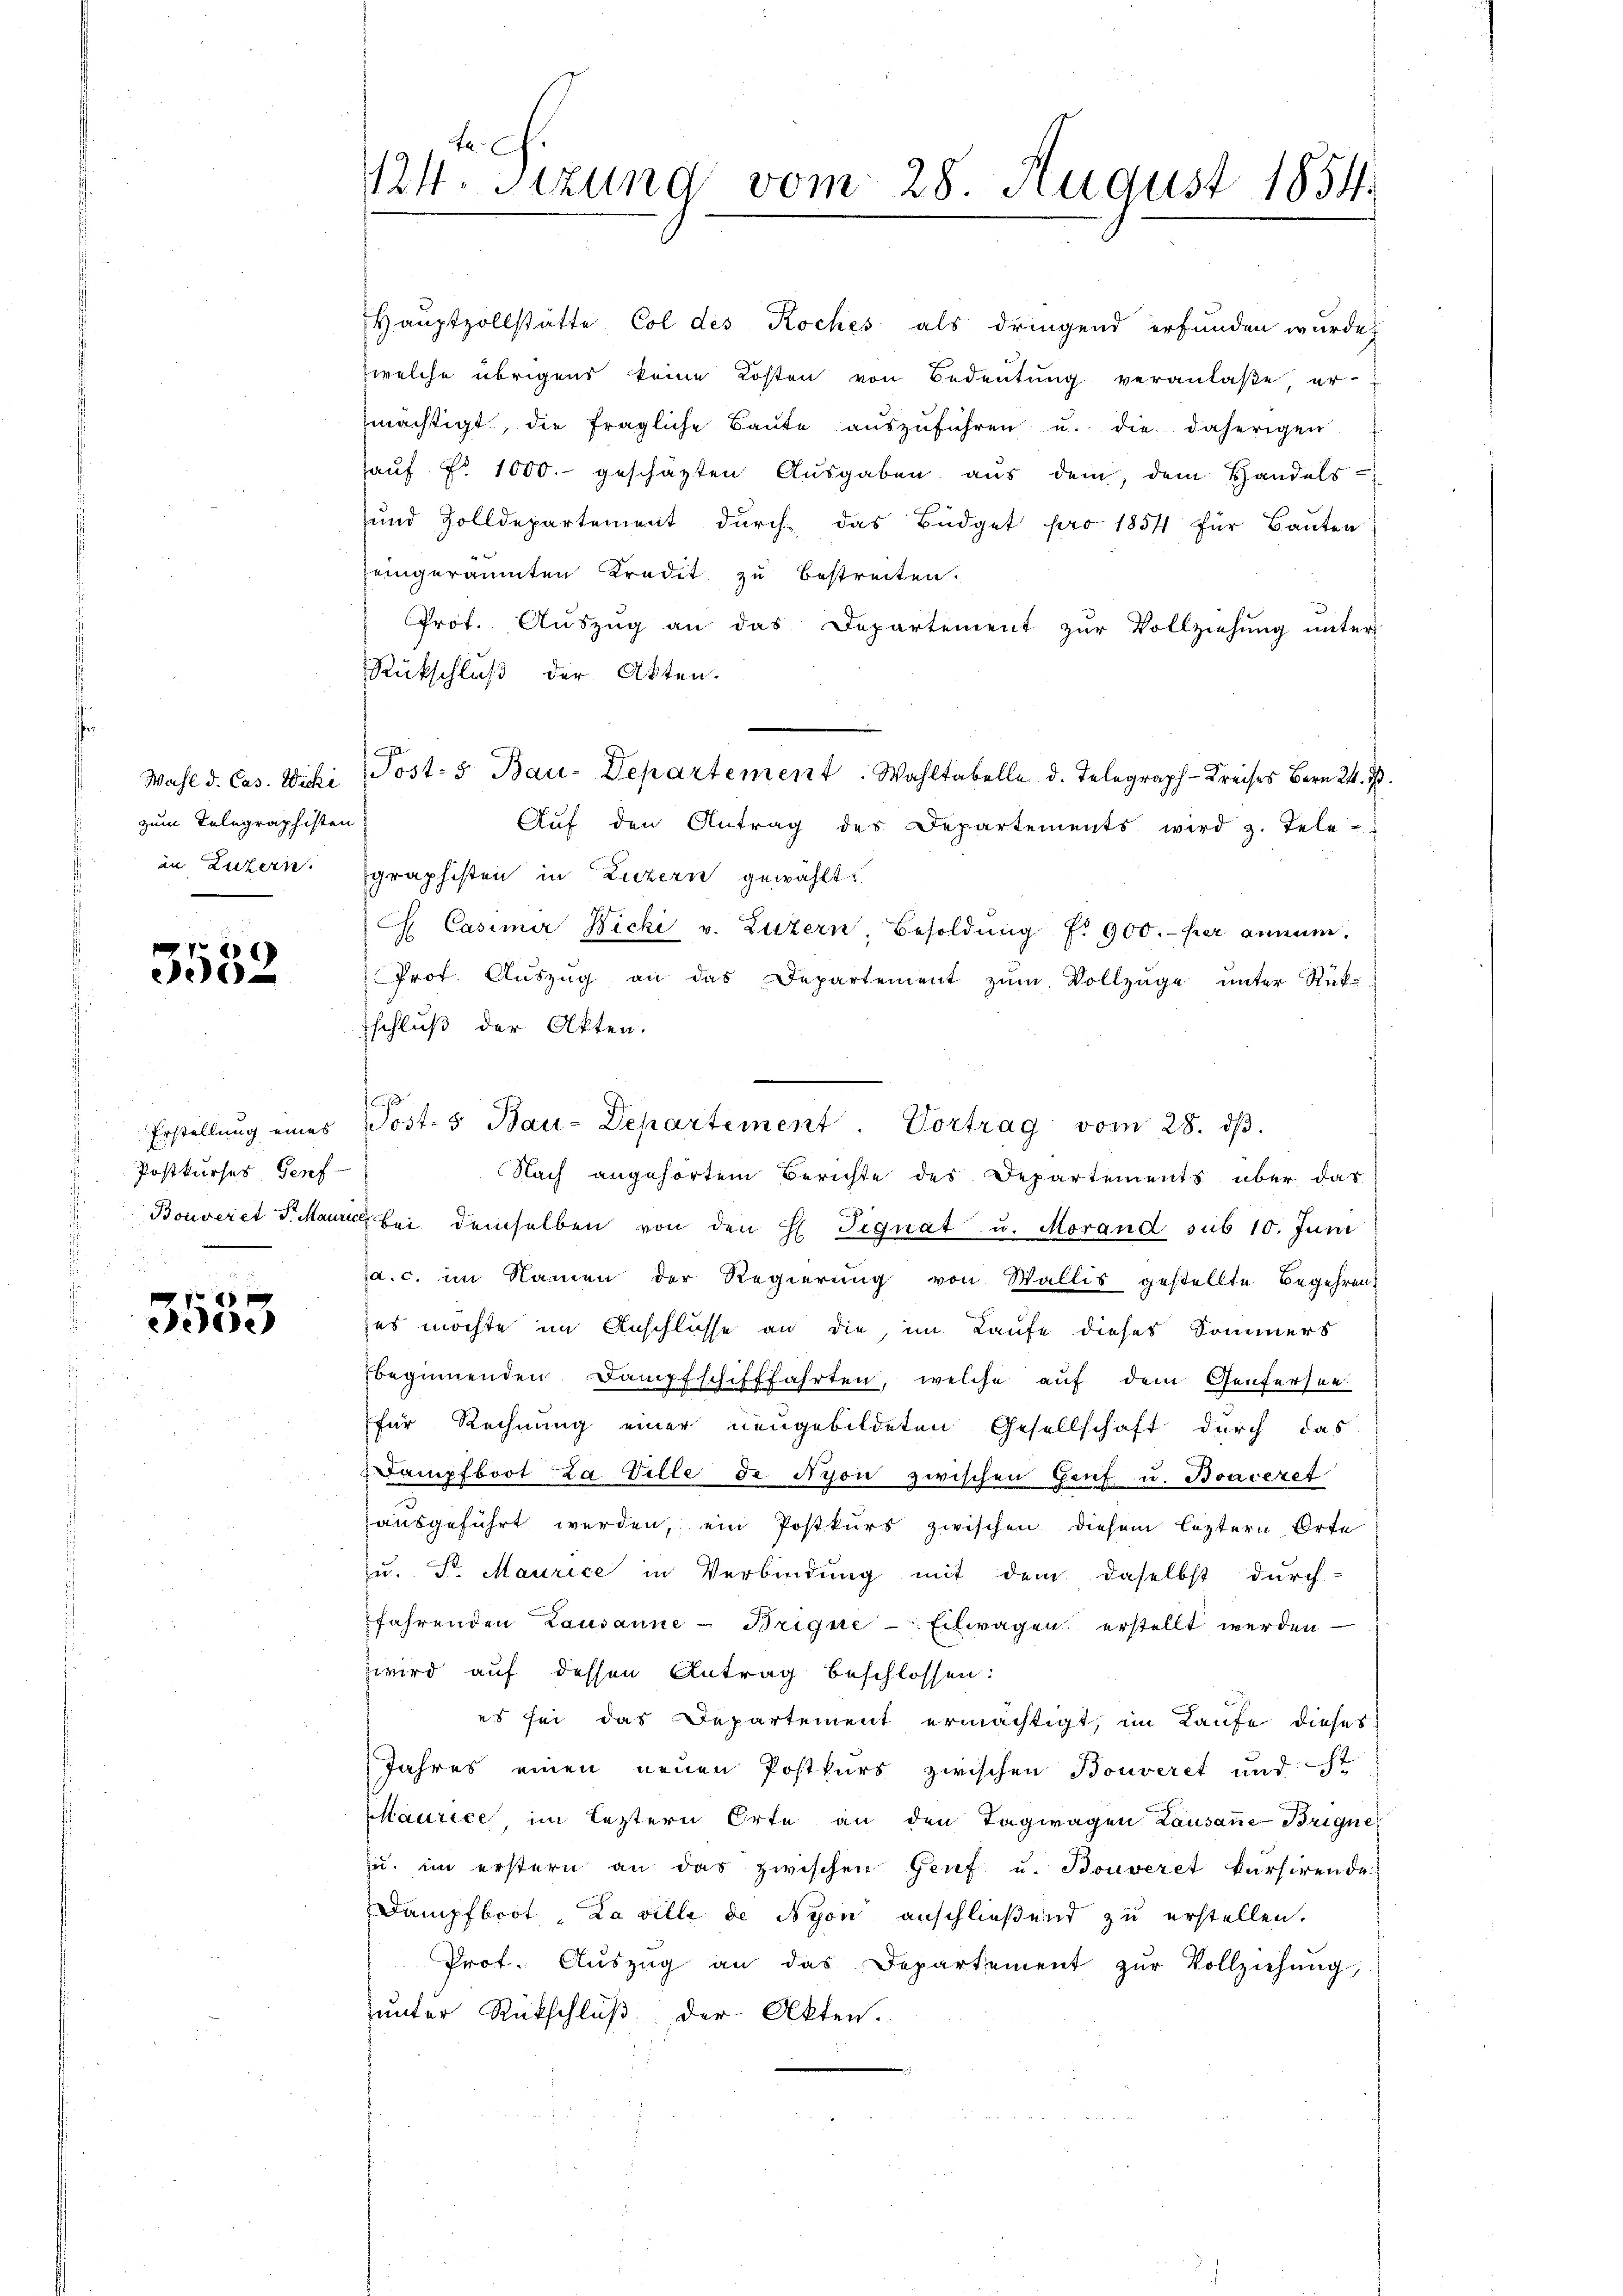
Wahl d. Cas. Wicki
zum Telegraphisten

3532

Erstellung eines
Postkurses Genf

3553

t. c.
124. Sitzung vom 28. August 1854.

Hauptzollstätte Col des Koches als dringend erfunden wurde,
welche übrigens keine Kosten von Bedeutung veranlaße, er
mächtigt, die fragliche Baŭte aŭszŭführen u. die daherigen
aŭf Fr. 1000.- geschäzten Aŭsgaben aŭs dem, dem Handels-
ŭnd Zolldepartement dŭrch das Büdget pro 1854 für Baŭten
jeingeräumten Kredit zu bestreiten.
Prot. Auszug an das Departement zur Vollziehung unter
Rückschluß der Akten.
Posts Bau-Departement. Wahltabelle d. Telegraph Kreises Bern 24. d.
Aŭf den Antrag des Departements wird z. Tele-
in Luzern Igraphisten in Luzern gewählt:
Ch. Casimir Nicki v. Luzern, Besoldŭng f. 900.- per annum.
Prof. Aŭszŭg an das Departement zŭm Vollzŭge ŭnter Rükschluß der Akten.
1
Nach angehörtem Berichte des Departements über das
Bouveret d. Maurig bei demselben von den H. Signat u. Morand sub 10. Juni
Ja.c. im Namen der Regierung von Wallis gestellte Begehren,
zes möchte im Anschlüsse an die im Laufe dieses Sommers
beginnenden Dampfschifffahrten, welche auf dem Genfersen
für Rechnung einer neugebildeten Gesellschaft durch das
Dampfboot La Ville de Nyon zwischen Genf u. Boaceret
ausgeführt werden, ein Postkurs zwischen diesem leztern Orte
zu. Sr. Maurice in Verbindung mit dem daselbst durch-
fahrenden Lausanne - Brigue - Eilwagen erstellt werden
wird auf dessen Antrag beschlossen:
es sei das Departement ermächtigt, im Laufe dieses
Jahres einen neuen Postkurs zwischen Bouveret und ist
Maurice, im leztern Orte an den Tagwagen Lausane-Brigner
zu. im erstern an das zwischen Genf u. Bouveret kursirende
Dampfboot, Laville de Nyon anschließend zu erstellen.
Prot. Aŭszŭg an das Departement zŭr Vollziehŭng
hunter Rückschluß der Akten.

Post- 5. Bau-Departement. Vortrag vom 28. dβ.